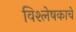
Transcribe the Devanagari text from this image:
विश्लेषकाचे